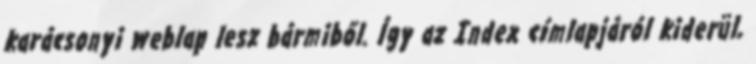
karácsonyi weblap lesz bármiből. Így az Index címlapjáról kiderül,